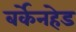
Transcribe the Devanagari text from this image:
बर्केनहेड